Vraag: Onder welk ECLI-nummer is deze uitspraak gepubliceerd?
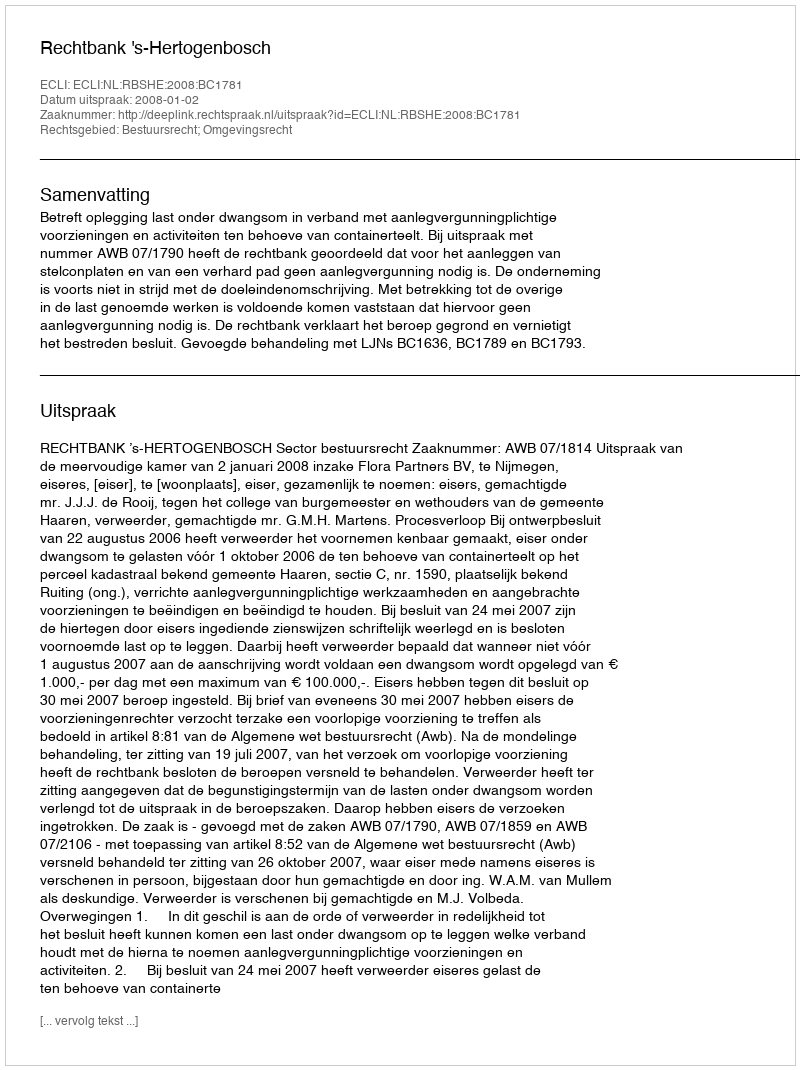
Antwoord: ECLI:NL:RBSHE:2008:BC1781